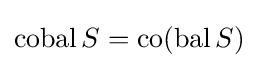
\operatorname {cobal} S=\operatorname {co} (\operatorname {bal} S)